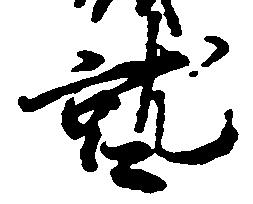
就